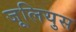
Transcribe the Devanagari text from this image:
जूलियुस